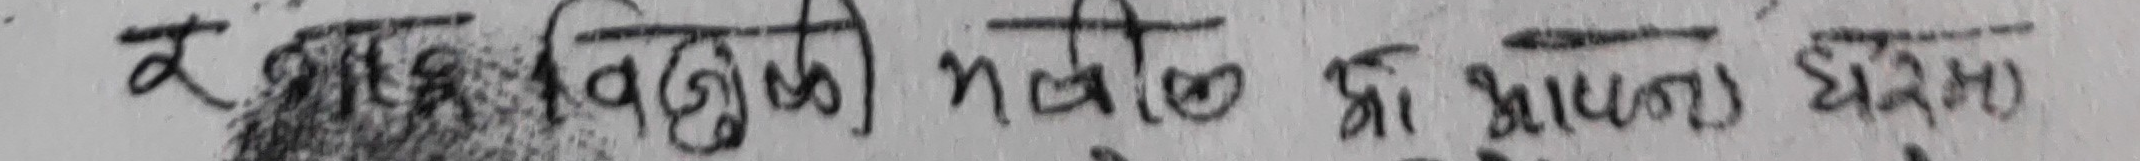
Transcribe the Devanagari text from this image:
र राष्ट्र विरोधी गतिविधि वा घटना घटेमा